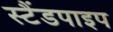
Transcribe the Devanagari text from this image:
स्टैंडपाइप